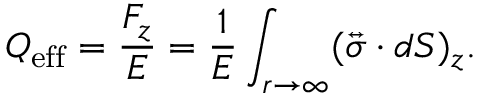
Q _ { \mathrm { e f f } } = \frac { F _ { z } } { E } = \frac { 1 } { E } \int _ { r \to \infty } ( \overleftrightarrow { \boldsymbol { \sigma } } \cdot d \boldsymbol { S } ) _ { z } .